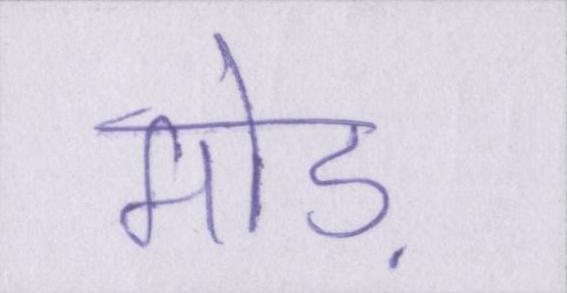
मोड़